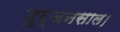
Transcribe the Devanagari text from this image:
दुर्जनसाल।